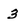
Character: 3